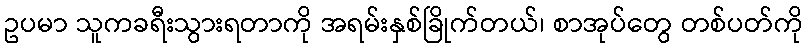
ဥပမာ သူကခရီးသွားရတာကို အရမ်းနှစ်ခြိုက်တယ်၊ စာအုပ်တွေ တစ်ပတ်ကို